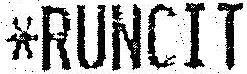
*RUNCIT